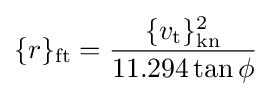
\{r\}_{\mathrm {ft} }={\frac {\{v_{\mathrm {t} }\}_{\mathrm {kn} }^{2}}{11.294\tan \phi }}